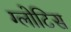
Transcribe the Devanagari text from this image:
ग्लोटिस